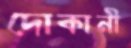
দোকানী